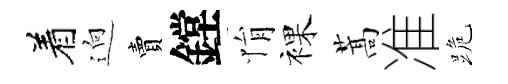
着逈賣鏜悁裸蒿准跪